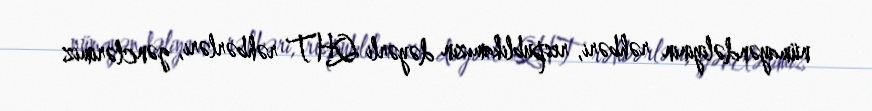
nümayəndəliyinin rəhbəri, respublikamızın dəyərli QHT rəhbərləri, gənclərimiz